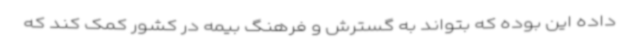
داده این بوده که بتواند به گسترش و فرهنگ بیمه در کشور کمک کند که